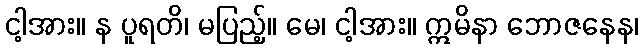
ငါ့အား။ န ပူရတိ၊ မပြည့်။ မေ၊ ငါ့အား။ ဣမိနာ ဘောဇနေန၊